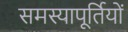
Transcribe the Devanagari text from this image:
समस्यापूर्तियों